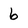
Character: 6